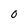
Character: 0